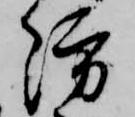
防